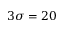
3 \sigma = 2 0